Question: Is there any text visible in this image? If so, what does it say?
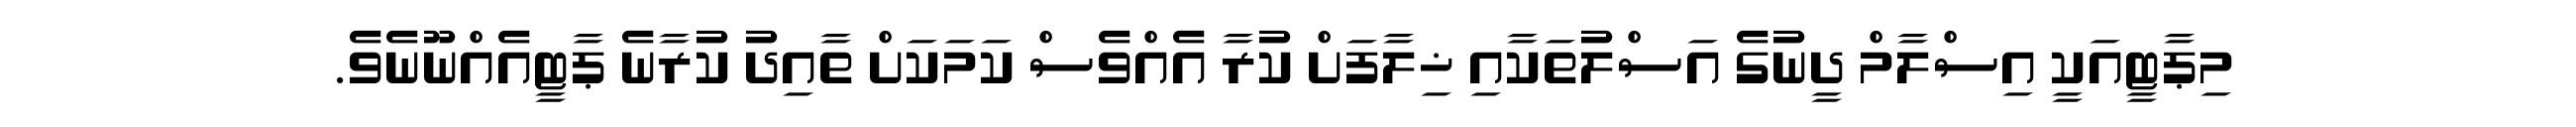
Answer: މިޕާޓީއަކީ އިސްލާމް ދީނުގެ އަސްލުތަކާއި ޚިލާފަށް ކުރާ އެއްވެސް ކަމަކަށް ތާއިދު ކުރާނެ ޕާޓީއެއްނޫނެވެ.